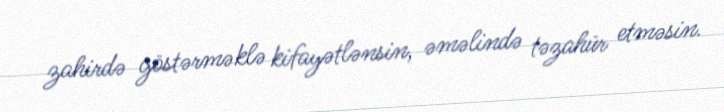
zahirdə göstərməklə kifayətlənsin, əməlində təzahür etməsin.